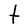
Character: t